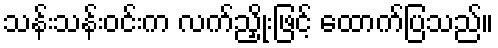
သန်းသန်းဝင်းက လက်ညှိုးဖြင့် ထောက်ပြသည်။